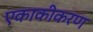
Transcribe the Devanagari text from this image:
एकाकीकरण